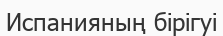
Испанияның бірігуі